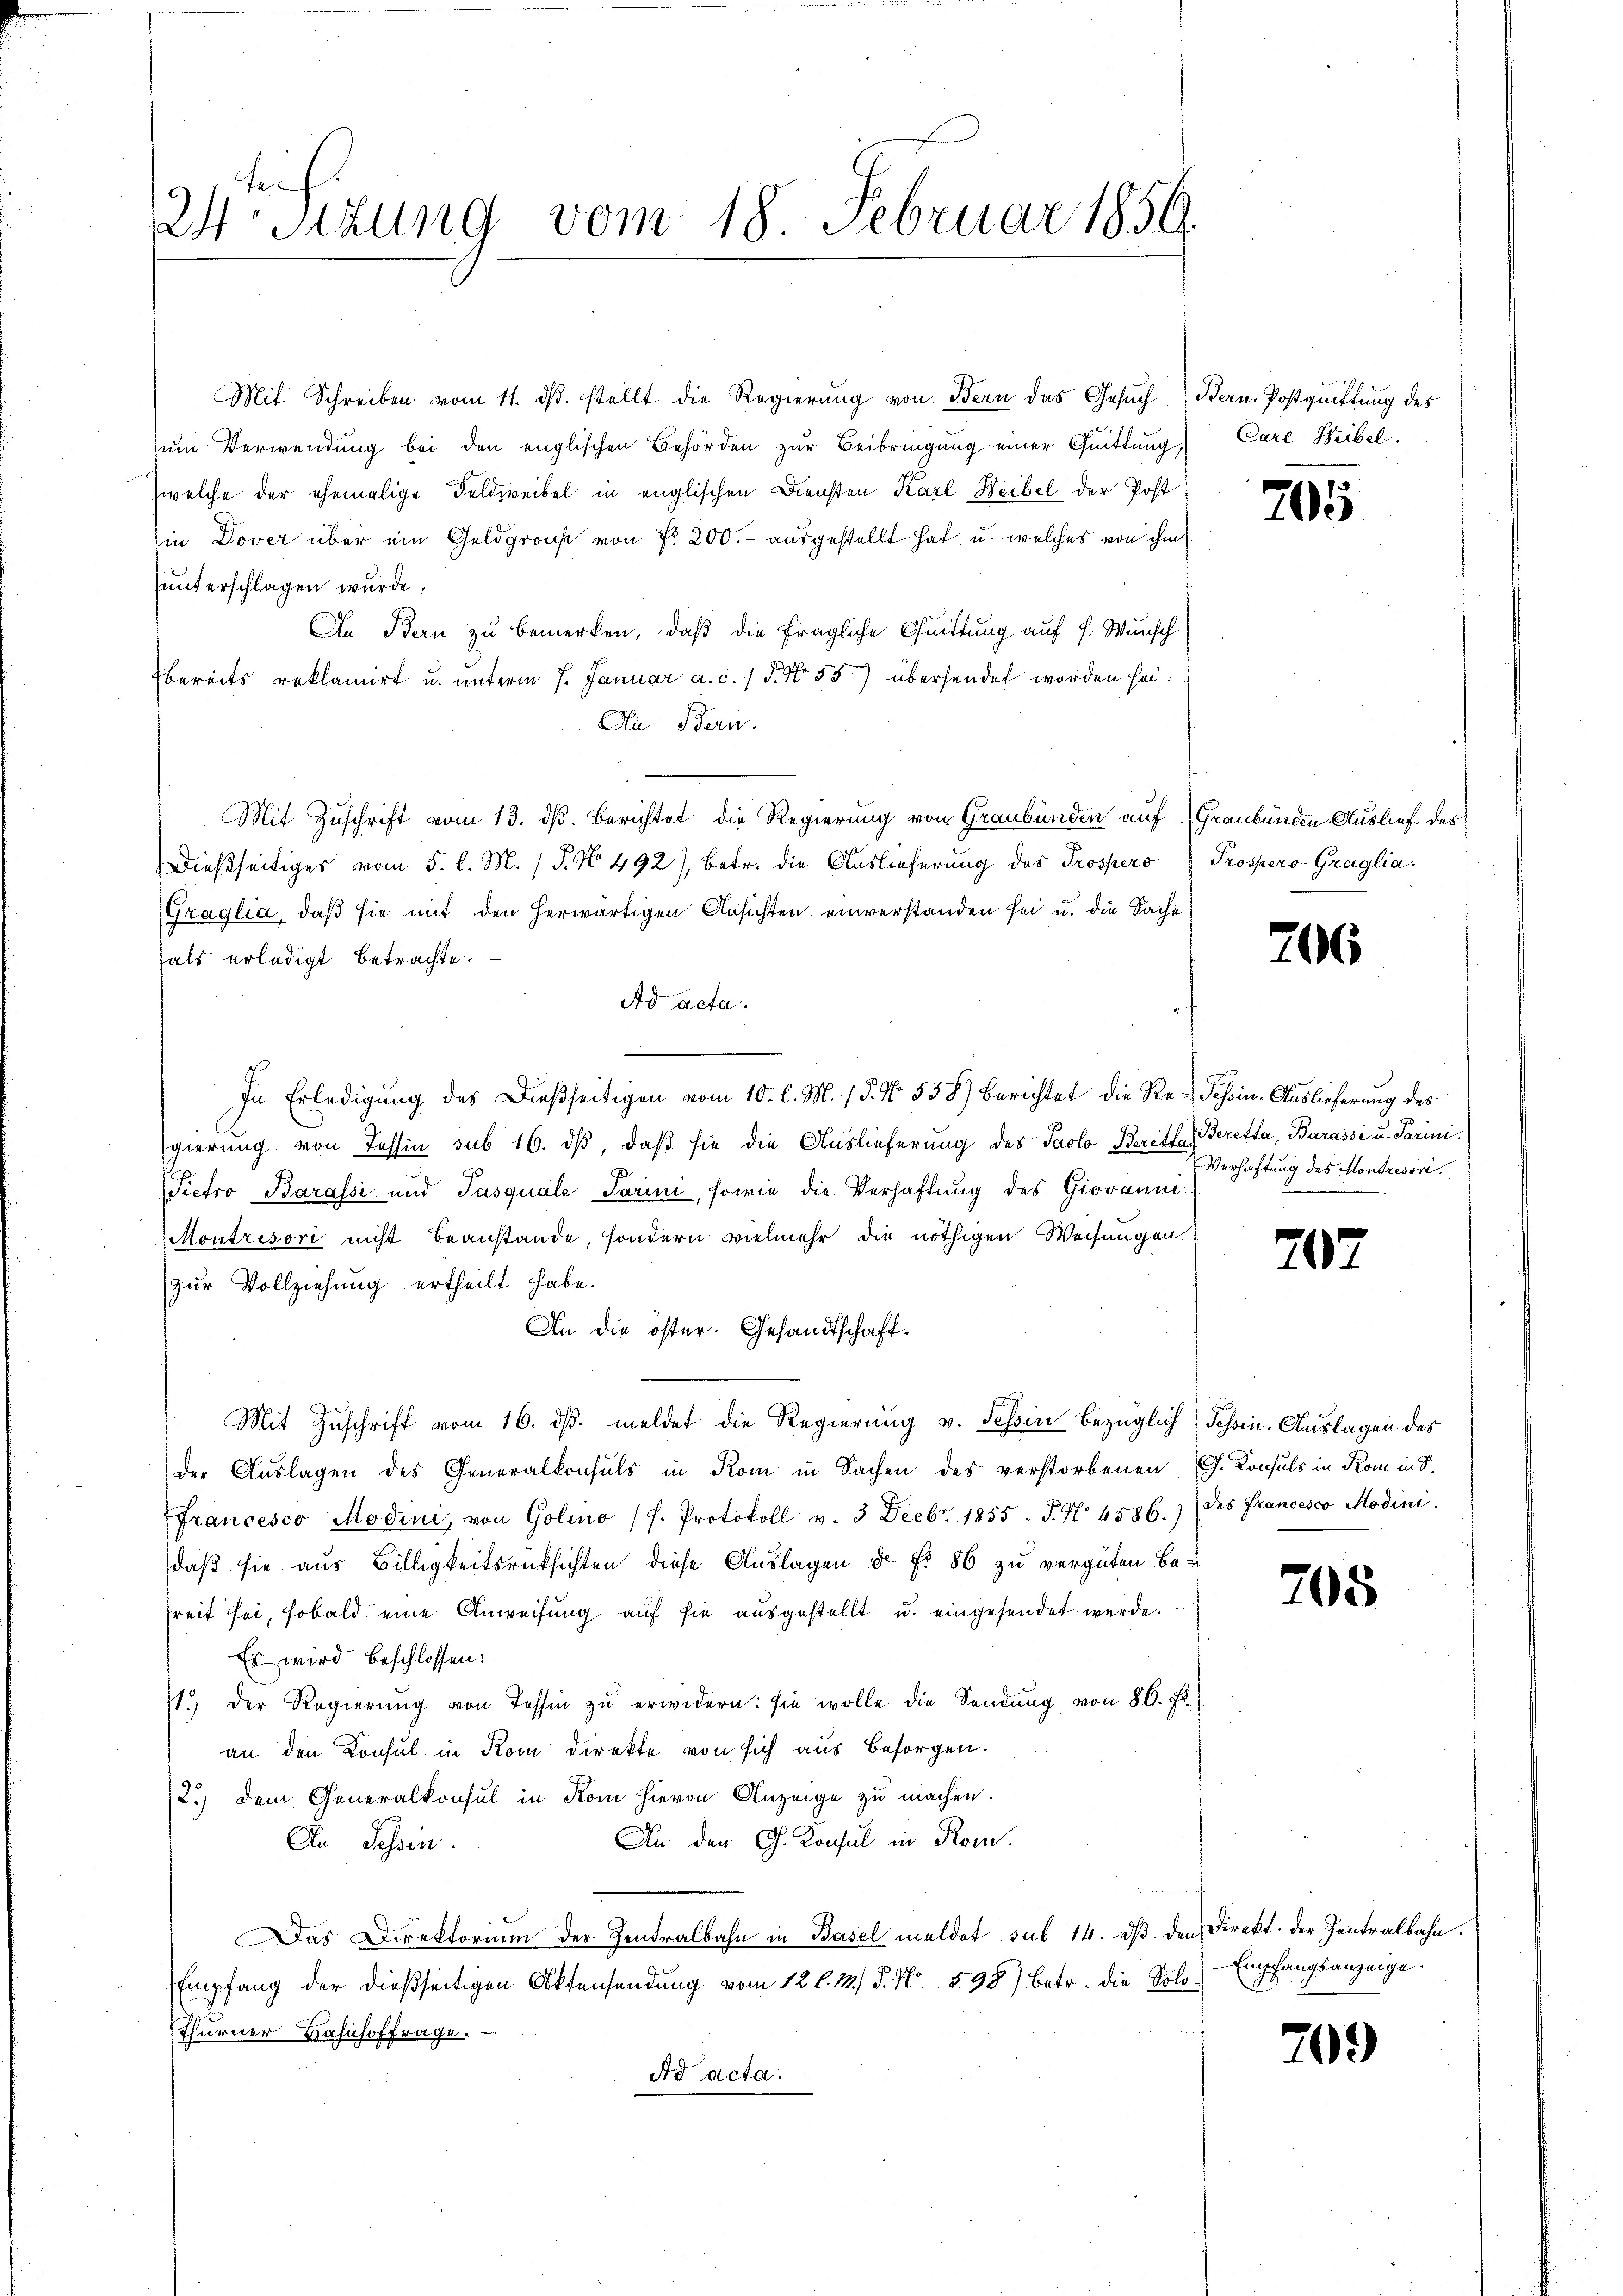
W.Sizung vom 18. Februar 1856.

Mit Schreiben vom 11. dβ. stellt die Regierung von Bern das Gesuch 1. Bern. Postquittung des
zum Verwendung bei den englischen Behörden zur Beibringung einer Quittung,
welche der ehemalige Feldweibel in englischen Diensten Karl Reibel der Post
in Dover über ein Geldgronst von Fr. 200.- ausgestellt hat u. welches von ihm
unterschlagen wurde,
In Bern zu bemerken, daß die fragliche Quittung auf H. Wunsch
bereits reklamirt u. unterm 7. Januar a. c. / 5. No 53) übersendet worden sei¬
An Bern.
Mit Zuschrift vom 13. ds. berichtet die Regierung von Graubünden auf Graubünden Auslief des
Dießseitiges vom 5. l. M. P. N. 492), betr. die Auslieferung des Prospero Prospero Graglia.
Graglia, daß sie mit den herwärtigen Ansichten einverstanden sei u. die Sache
hals erledigt betrachte.
Ad acta.
In Erledigŭng des Dießseitigen vom 10. l. M. (§. No. 558) Berichtet die Re-Schein-Auslieferung des
gierung von Tessin sub 16. dβ, daß sie die Auslieferung des Paolo Beritte deretta, Barassi u. Parini¬
Pietro Barassi und Pasquale Parini, sowie die Verhaftung des Giovann
Montrisori nicht beanstande, sondern vielmehr die nöthigen Weisungen.
zur Vollziehung ertheilt habe.
An die öster. Gesandtschaft¬
Mit Zuschrift vom 16. ds. meldet die Regierung v. Schin bezüglich Schen-Auslagen des
der Auslagen des Generalkonsuls in Rom in Sachen des verstorbenen G. Konsuls in Kom in S.
ffrancesco Modini, von Golino (h. Protokoll v. 3 Decbr. 1855. J. No. 4586.) des Francesco Modini.
daß sie aus Billigkeitsrücksichten diese Auslagen dr f. 86 zu vergüten Befreit sei, sobald eine Anweisŭng aŭf sie aŭsgestellt u. eingesendet werde.
Es wird beschlossen:
1.) Der Regierŭng von Tessin zŭ erwidern: sie wolle die Sendung von 80. Fr.
an den Konsul in Rom Direkte von sich aus besorgen.
2.) Dem Generalkonsul in Rom hievon Anzeige zu machen.
An den G. Konsul in Rom.
An Tessin.
Das Direktorium der Zentralbahn in Basel meldet sub 14. dβ. den Direkt der Zentralbahn.
Empfang der dießseitigen Aktensendung vom 12 l. M. P. Nr. 398) Betr. die Solothurner Bahnhoffrage.
Ad acta.

Carl-Heibel.

705

206

Verhaftung des Montrésori

207

705

Empfangsanzeige.

709